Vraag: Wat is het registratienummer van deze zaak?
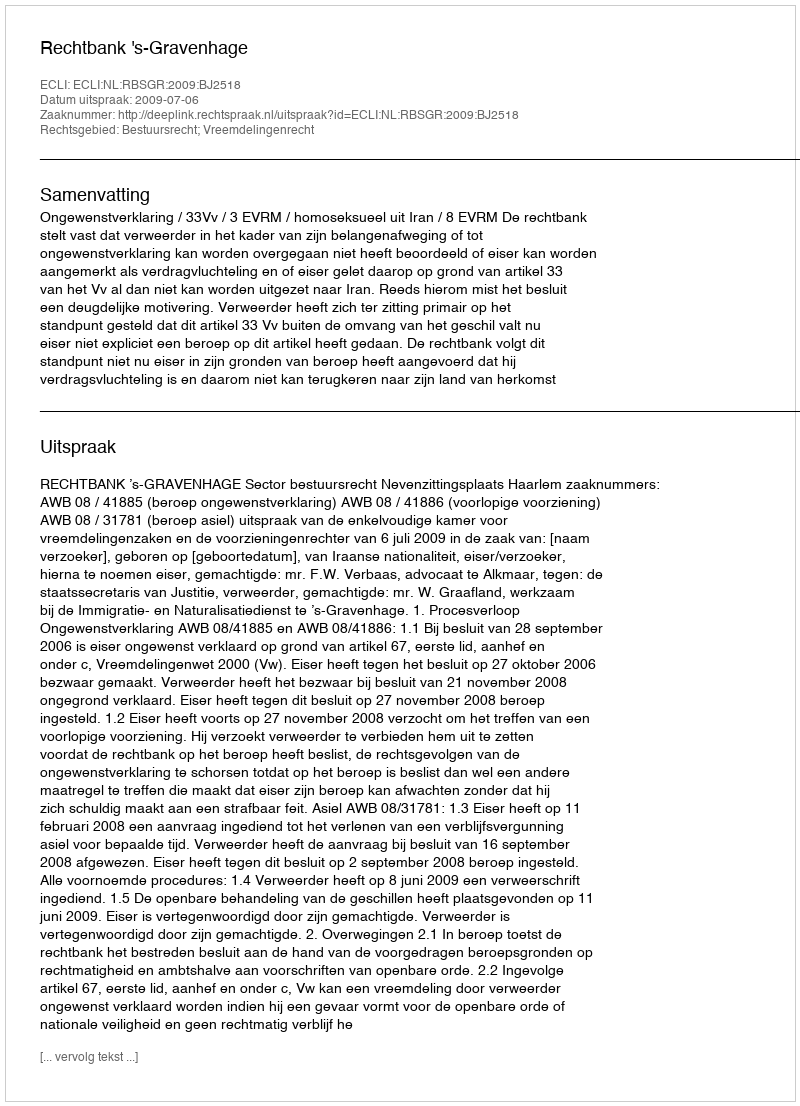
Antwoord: http://deeplink.rechtspraak.nl/uitspraak?id=ECLI:NL:RBSGR:2009:BJ2518